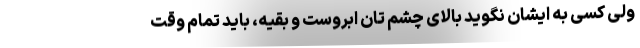
ولی کسی به ایشان نگوید بالای چشم تان ابروست و بقیه، باید تمام وقت